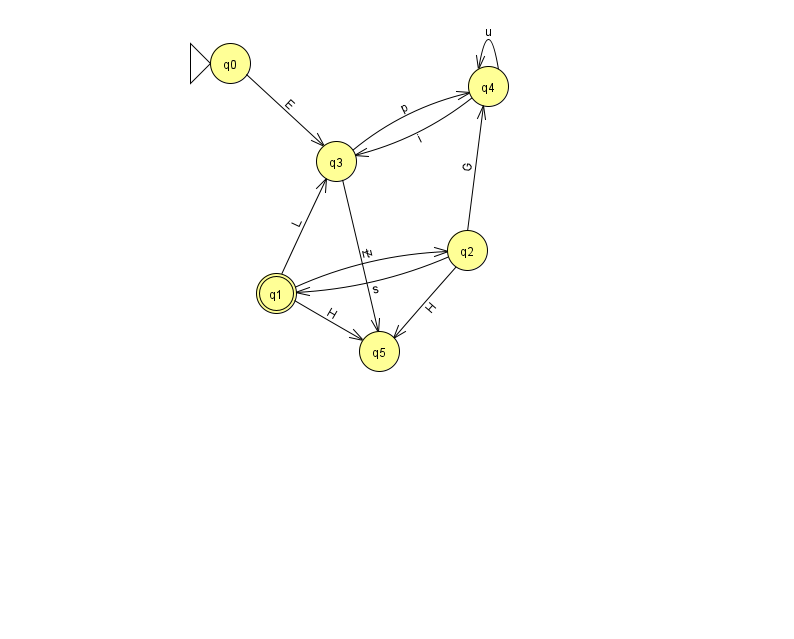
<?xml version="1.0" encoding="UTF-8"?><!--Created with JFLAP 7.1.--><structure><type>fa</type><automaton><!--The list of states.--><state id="0" name="q0"><x>230.0</x><y>50.0</y><initial/></state><state id="1" name="q1"><x>276.0</x><y>280.0</y><final/></state><state id="2" name="q2"><x>467.0</x><y>237.0</y></state><state id="3" name="q3"><x>336.0</x><y>148.0</y></state><state id="4" name="q4"><x>488.0</x><y>73.0</y></state><state id="5" name="q5"><x>379.0</x><y>338.0</y></state><!--The list of transitions.--><transition><from>3</from><to>5</to><read>Z</read></transition><transition><from>1</from><to>2</to><read>t</read></transition><transition><from>3</from><to>4</to><read>p</read></transition><transition><from>0</from><to>3</to><read>E</read></transition><transition><from>2</from><to>1</to><read>s</read></transition><transition><from>4</from><to>4</to><read>u</read></transition><transition><from>1</from><to>3</to><read>L</read></transition><transition><from>2</from><to>4</to><read>G</read></transition><transition><from>1</from><to>5</to><read>H</read></transition><transition><from>4</from><to>3</to><read>i</read></transition><transition><from>2</from><to>5</to><read>H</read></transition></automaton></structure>